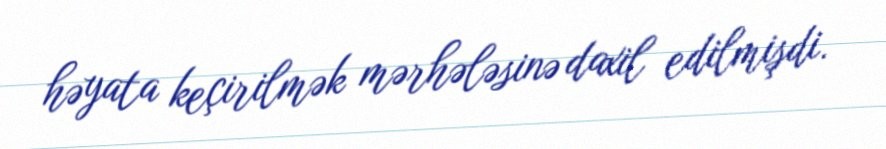
həyata keçirilmək mərhələsinə daxil edilmişdi.